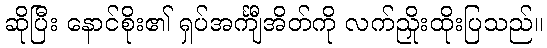
ဆိုပြီး နောင်စိုး၏ ရှပ်အင်္ကျီအိတ်ကို လက်ညှိုးထိုးပြသည်။